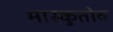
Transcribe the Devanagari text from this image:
मास्कुतोव